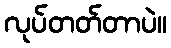
လုပ်တတ်တာပဲ။